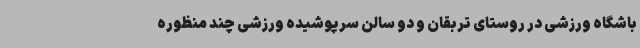
باشگاه ورزشی در روستای تربقان و دو سالن سرپوشیده ورزشی چند منظوره